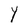
Character: Y